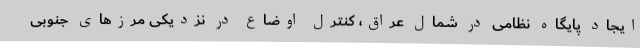
ایجاد پایگاه نظامی در شمال عراق، کنترل اوضاع در نزدیکی مرزهای جنوبی